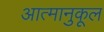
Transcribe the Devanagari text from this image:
आत्मानुकूल